Papers set at the Examination for Leaving Certificates, 1891
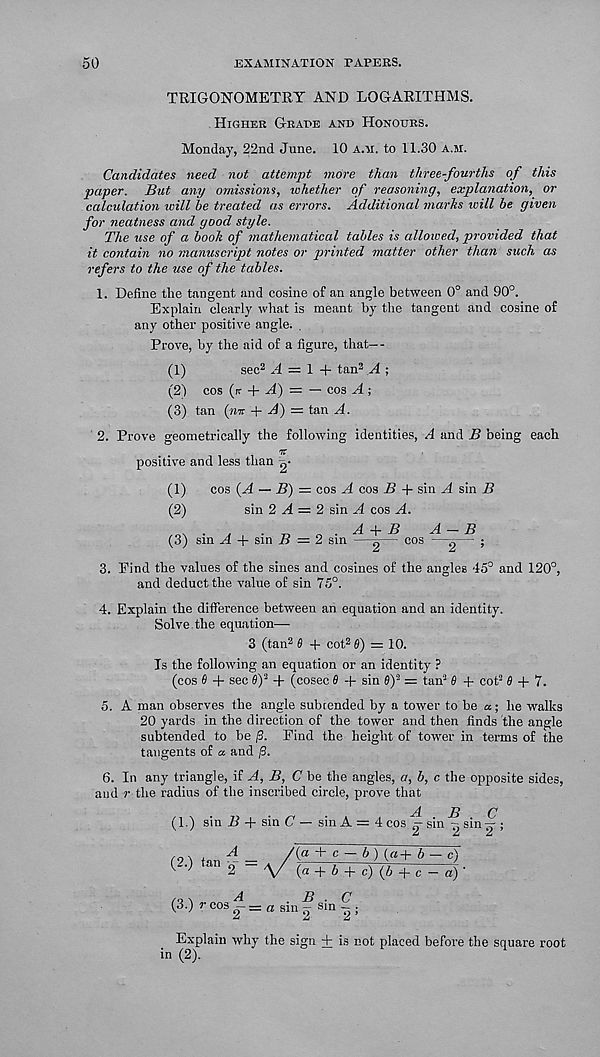
50
EXAMINATION PAPERS.
TRIGONOMETRY AND LOGARITHMS.
Higher Grape and Honours.
Monday, 22nd June. 10 a.m. to 11.30 a.si.
Candidates need nut attempt more than three-fourths of this
paper. But any omissions, whether of reasoning, explanation, or
calculation will be treated as errors. Additional marks will be given
for neatness and good style.
The use of a book of mathematical tables is allowed, provided that
it contain no manuscript notes or printed matter other than such as
refers to the use of the tables.
1. Define the tangent and cosine of an angle between 0° and 90°.
Explain clearly what is meant by the tangent and cosine of
any other positive angle. .
Prove, by the aid of a figure, that—-
(1)
sec 2 A = 1 + tan 3 A ;
(2) cos (n- + H) = — cos A;
(3) tan (rair -f H) = tan A.
2. Prove geometrically the following identities, A and B being each
positive and less than g-
(1) cos (A — B) = cos A cos B + sin A sin B
(2)
sin 2 H — 2 sin A cos A.
(3) sin A + sin B = 2 sin — g-— cos — 9 - ;
3. Find the values of the sines and cosines of the angles 45° and 120°,
and deduct the value of sin 75°.
4. Explain the difference between an equation and an identity.
Solve the equation—
3 (tan 2 6 + cot 2 fl) = 10.
Is the following an equation or an identity ?
(cos 6 + sec 9y -f (cosec 0 + sin $y = tan 3 6 + cot 3 6 + 7.
5. A man observes the angle subtended by a tower to be a; he walks
20 yards in the direction of the tower and then finds the angle
subtended to be (3. Find the height of tower in terms of the
tangents of a and (3.
6. In any triangle, if A, B, C be the angles, a, b, c the opposite sides,
and r the radius of the inscribed circle, prove that
(1.) sin -f sin (7 — sin A = 4 cos cj sin ^ sin g-;
A . B . C
A
B . C
(3.) r cos = a sin - sin — ;
= a sin g sin - ;
Explain why the sign + is not placed before the square root
in (2).